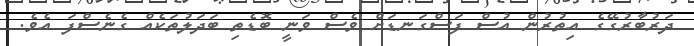
ދަރުބާރުގޭގެ އިތުރުން އުސް ފަސްގަނޑަށް ވެސް ވަނީ ބޮޑެތި ބަދަލުތަކެއް ގެނެސްފަ އެވެ.